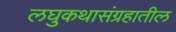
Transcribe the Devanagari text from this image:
लघुकथासंग्रहातील